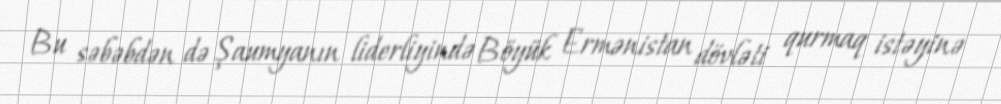
Bu səbəbdən də Şaumyanın liderliyində Böyük Ermənistan dövləti qurmaq istəyinə